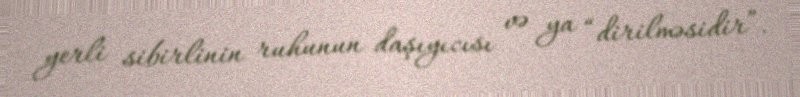
yerli sibirlinin ruhunun daşıyıcısı və ya “dirilməsidir”.